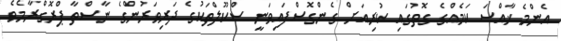
އެންމެ ޚާއްޞަ ކަމެއްގެ ގޮތުގައި ކުރިއަށް ގެންގޮސްފައިވަނީ ސްކޫލްތަކުގެ ދަރިވަރުންގެ ނާސްތާ ޕްރޮގްރާމެވެ